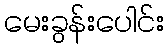
မေးခွန်းပေါင်း